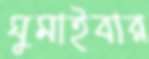
ঘুমাইবার